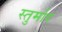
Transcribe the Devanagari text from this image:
स्तुर्मार